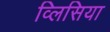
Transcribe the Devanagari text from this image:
व्लिसिया